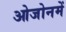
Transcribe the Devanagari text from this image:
ओजोनमें